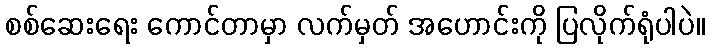
စစ်ဆေးရေး ကောင်တာမှာ လက်မှတ် အဟောင်းကို ပြလိုက်ရုံပါပဲ။